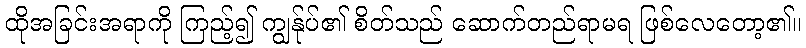
ထိုအခြင်းအရာကို ကြည့်၍ ကျွန်ုပ်၏ စိတ်သည် ဆောက်တည်ရာမရ ဖြစ်လေတော့၏။